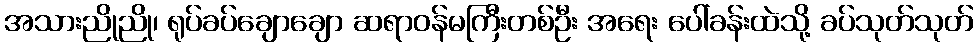
အသားညိုညို၊ ရုပ်ခပ်ချောချော ဆရာဝန်မကြီးတစ်ဦး အရေး ပေါ်ခန်းထဲသို့ ခပ်သုတ်သုတ်